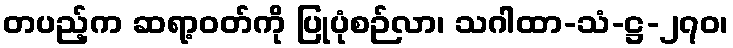
တပည့်က ဆရာ့ဝတ်ကို ပြုပုံစဉ်လာ၊ သဂါထာ-သံ-ဋ္ဌ-၂၇၀၊